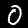
Label: 0